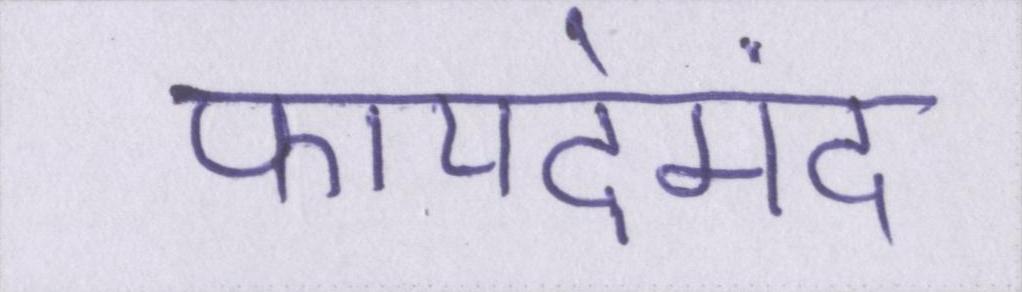
फायदेमंद